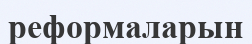
реформаларын